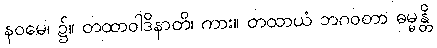
နဝမေ၊ ၌။ တထာဝါဒိနာတိ၊ ကား။ တထာယံ ဘဂဝတာ ဓမ္မန္တိ